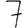
Digit: 7